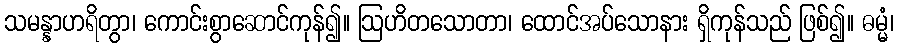
သမန္နာဟရိတွာ၊ ကောင်းစွာဆောင်ကုန်၍။ ဩဟိတသောတာ၊ ထောင်အပ်သောနား ရှိကုန်သည် ဖြစ်၍။ ဓမ္မံ၊